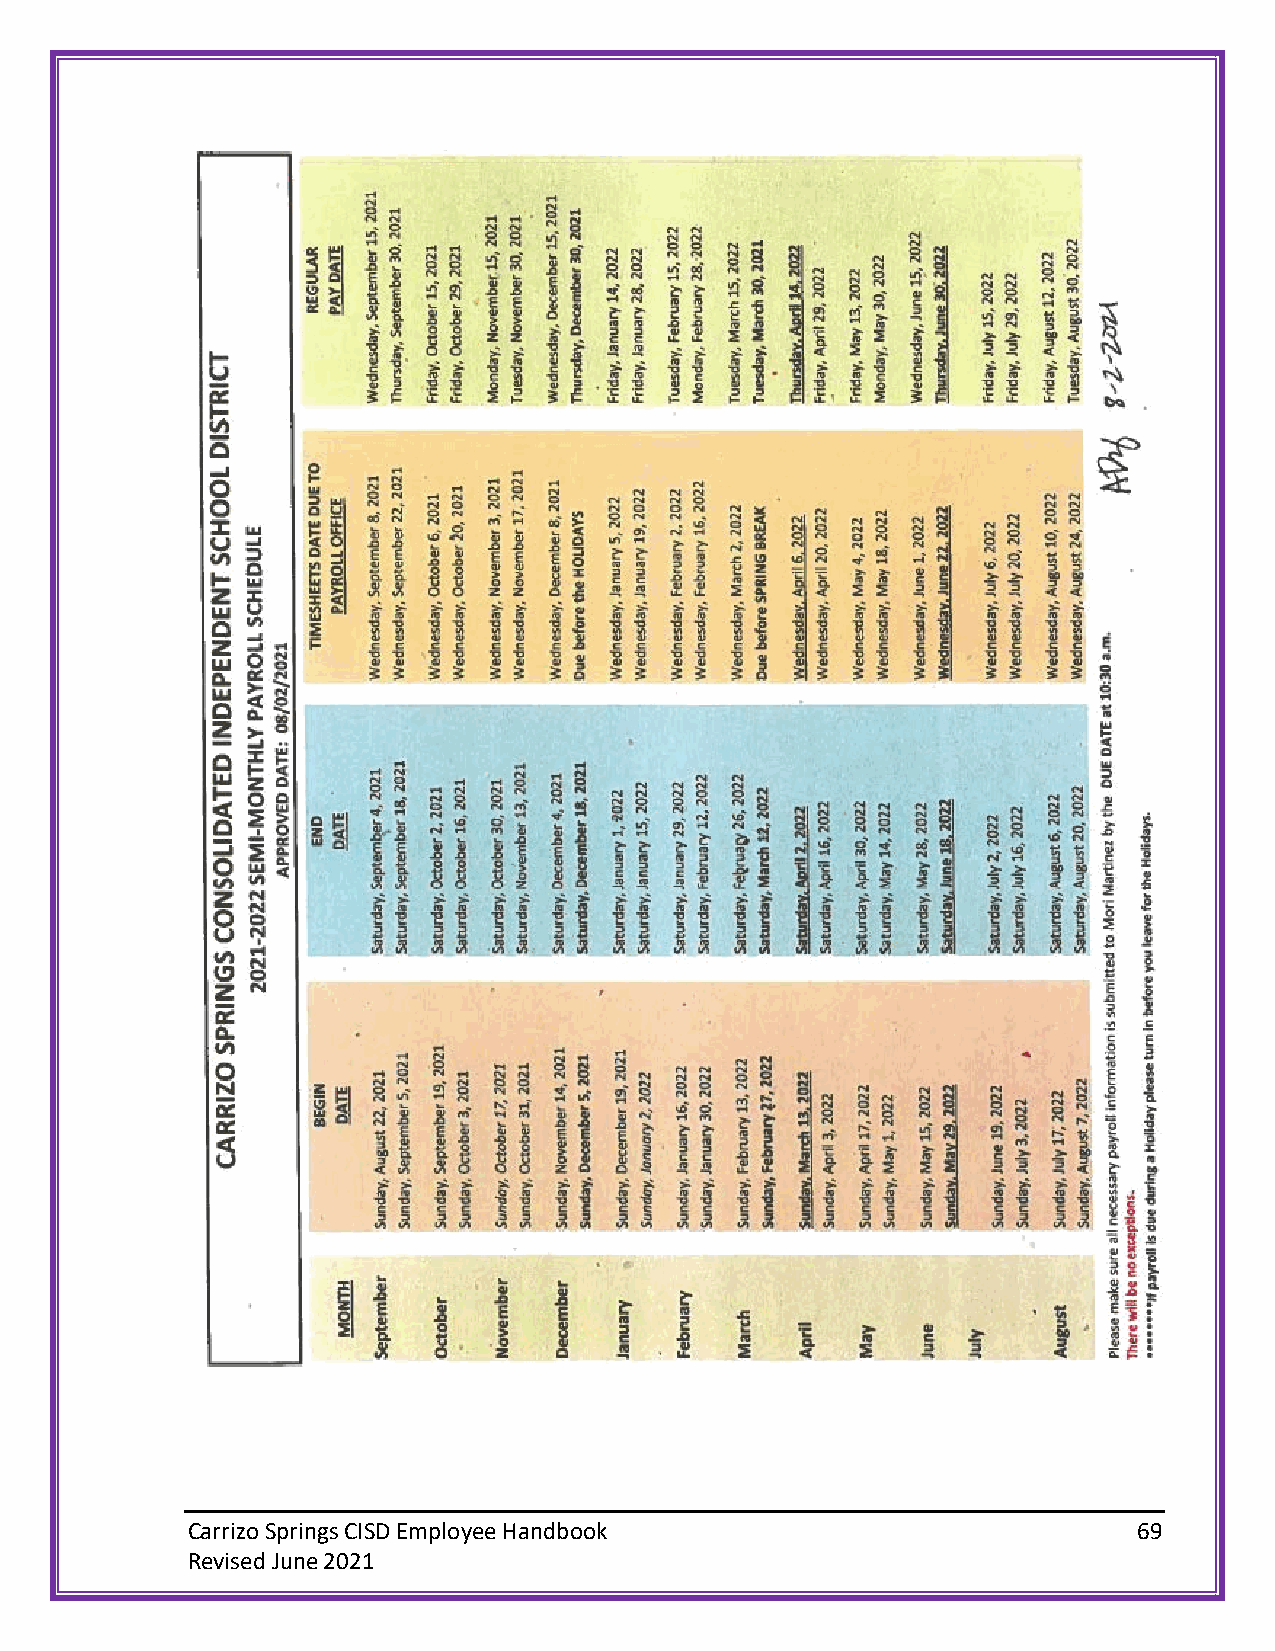
Carrizo Springs CISD Employee Handbook                         69
 Revised June 2021